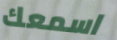
اسمعك